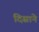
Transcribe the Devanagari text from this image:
दिसाने